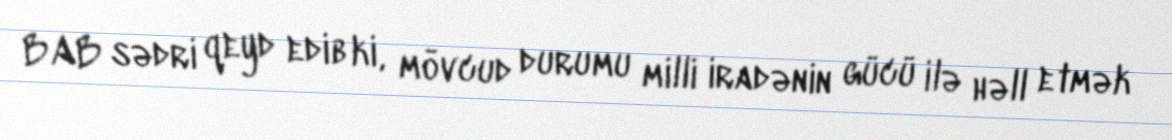
BAB sədri qeyd edib ki, mövcud durumu milli iradənin gücü ilə həll etmək